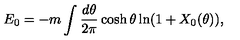
E _ { 0 } = - m \int { \frac { d \theta } { 2 \pi } } \cosh \theta \ln ( 1 + X _ { 0 } ( \theta ) ) ,